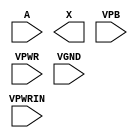
/**
 * Copyright 2020 The SkyWater PDK Authors
 *
 * Licensed under the Apache License, Version 2.0 (the "License");
 * you may not use this file except in compliance with the License.
 * You may obtain a copy of the License at
 *
 *     https://www.apache.org/licenses/LICENSE-2.0
 *
 * Unless required by applicable law or agreed to in writing, software
 * distributed under the License is distributed on an "AS IS" BASIS,
 * WITHOUT WARRANTIES OR CONDITIONS OF ANY KIND, either express or implied.
 * See the License for the specific language governing permissions and
 * limitations under the License.
 *
 * SPDX-License-Identifier: Apache-2.0
 */

`ifndef SKY130_FD_SC_HD__LPFLOW_LSBUF_LH_HL_ISOWELL_TAP_PP_SYMBOL_V
`define SKY130_FD_SC_HD__LPFLOW_LSBUF_LH_HL_ISOWELL_TAP_PP_SYMBOL_V

/**
 * lpflow_lsbuf_lh_hl_isowell_tap: Level-shift buffer, low-to-high,
 *                                 isolated well on input buffer,
 *                                 vpb/vnb taps, double-row-height
 *                                 cell.
 *
 * Verilog stub (with power pins) for graphical symbol definition
 * generation.
 *
 * WARNING: This file is autogenerated, do not modify directly!
 */

`timescale 1ns / 1ps
`default_nettype none

(* blackbox *)
module sky130_fd_sc_hd__lpflow_lsbuf_lh_hl_isowell_tap (
    //# {{data|Data Signals}}
    input  A     ,
    output X     ,

    //# {{power|Power}}
    input  VPB   ,
    input  VPWR  ,
    input  VPWRIN,
    input  VGND
);
endmodule

`default_nettype wire
`endif  // SKY130_FD_SC_HD__LPFLOW_LSBUF_LH_HL_ISOWELL_TAP_PP_SYMBOL_V